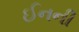
ઈનની